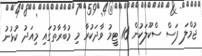
ޖުމްލަ ފަސް ސްކޫލަކުން 16 ޓީމު ވާދަކުރާ މި މުބާރާތުގައި މިއަދު ކުޅުނު